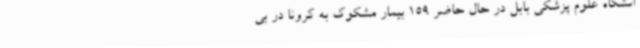
انشگاه علوم پزشکی بابل در حال حاضر 159 بیمار مشکوک به کرونا در بی